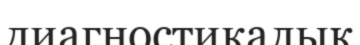
диагностикалық